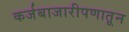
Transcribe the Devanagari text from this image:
कर्जबाजारीपणातून